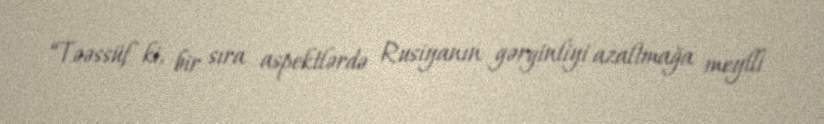
“Təəssüf ki, bir sıra aspektlərdə Rusiyanın gərginliyi azaltmağa meylli